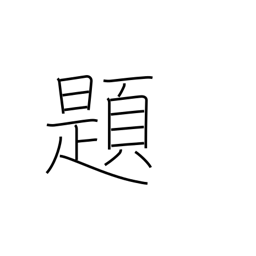
Meaning: topic